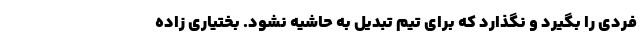
فردی را بگیرد و نگذارد که برای تیم تبدیل به حاشیه نشود. بختیاری زاده